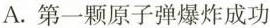
A.第一颗原子弹爆炸成功